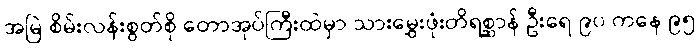
အမြဲ စိမ်းလန်းစွတ်စို တောအုပ်ကြီးထဲမှာ သားမွှေးဖုံးတိရစ္ဆာန် ဦးရေ ၉၀ ကနေ ၉၅